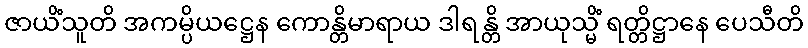
ဇာယိံသူတိ အကမ္ပိယဋ္ဌေန ကောန္တိမာရာယ ဒါရန္တိ အာယုသ္မိံ ရတ္တိဋ္ဌာနေ ပေသီတိ